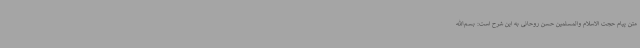
متن پیام حجت الاسلام والمسلمین حسن روحانی به این شرح است: بسم‌الله